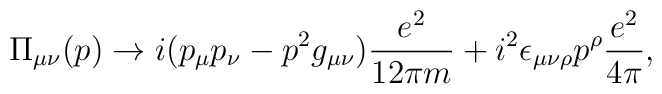
\Pi_{\mu\nu}(p) \rightarrow i(p_{\mu}p_{\nu}-p^{2}g_{\mu\nu})\frac{e^{2}}{12\pi m}+ i^{2}\epsilon_{\mu\nu\rho}p^{\rho}\frac{e^{2}}{4\pi},